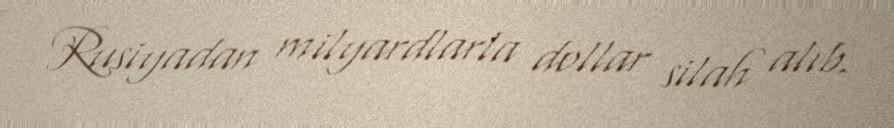
Rusiyadan milyardlarla dollar silah alıb.